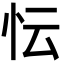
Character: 忶